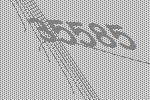
35585